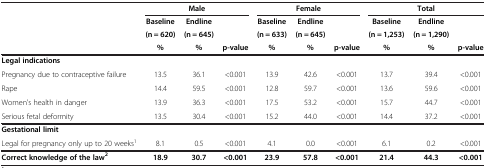
<table><thead><tr><td><b> </b></td><td colspan="3"><b>Male</b></td><td colspan="3"><b>Female</b></td><td colspan="3"><b>Total</b></td></tr><tr><td><b> </b></td><td><b>Baseline</b></td><td><b>Endline</b></td><td><b> </b></td><td><b>Baseline</b></td><td><b>Endline</b></td><td><b> </b></td><td><b>Baseline</b></td><td><b>Endline</b></td><td><b> </b></td></tr><tr><td><b> </b></td><td><b>(n = 620)</b></td><td><b>(n = 645)</b></td><td><b> </b></td><td><b>(n = 633)</b></td><td><b>(n = 645)</b></td><td><b> </b></td><td><b>(n = 1,253)</b></td><td><b>(n = 1,290)</b></td><td><b> </b></td></tr><tr><td><b> </b></td><td><b>%</b></td><td><b>%</b></td><td><b>p-value</b></td><td><b>%</b></td><td><b>%</b></td><td><b>p-value</b></td><td><b>%</b></td><td><b>%</b></td><td><b>p-value</b></td></tr></thead><tbody><tr><td><b>Legal indications</b></td><td> </td><td> </td><td> </td><td> </td><td> </td><td> </td><td> </td><td> </td><td> </td></tr><tr><td>Pregnancy due to contraceptive failure</td><td>13.5</td><td>36.1</td><td>&lt;0.001</td><td>13.9</td><td>42.6</td><td>&lt;0.001</td><td>13.7</td><td>39.4</td><td>&lt;0.001</td></tr><tr><td>Rape</td><td>14.4</td><td>59.5</td><td>&lt;0.001</td><td>12.8</td><td>59.7</td><td>&lt;0.001</td><td>13.6</td><td>59.6</td><td>&lt;0.001</td></tr><tr><td>Women&#x27;s health in danger</td><td>13.9</td><td>36.3</td><td>&lt;0.001</td><td>17.5</td><td>53.2</td><td>&lt;0.001</td><td>15.7</td><td>44.7</td><td>&lt;0.001</td></tr><tr><td>Serious fetal deformity</td><td>13.5</td><td>30.4</td><td>&lt;0.001</td><td>15.2</td><td>44.0</td><td>&lt;0.001</td><td>14.4</td><td>37.2</td><td>&lt;0.001</td></tr><tr><td><b>Gestational limit</b></td><td> </td><td> </td><td> </td><td> </td><td> </td><td> </td><td> </td><td> </td><td> </td></tr><tr><td>Legal for pregnancy only up to 20 weeks<sup>1</sup></td><td>8.1</td><td>0.5</td><td>&lt;0.001</td><td>4.1</td><td>0.0</td><td>&lt;0.001</td><td>6.1</td><td>0.2</td><td>&lt;0.001</td></tr><tr><td><b>Correct knowledge of the law</b><sup><b>2</b></sup></td><td><b>18.9</b></td><td><b>30.7</b></td><td><b>&lt;0.001</b></td><td><b>23.9</b></td><td><b>57.8</b></td><td><b>&lt;0.001</b></td><td><b>21.4</b></td><td><b>44.3</b></td><td><b>&lt;0.001</b></td></tr></tbody></table>